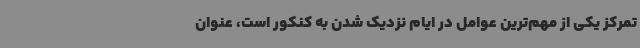
تمرکز یکی از مهم‌ترین عوامل در ایام نزدیک شدن به کنکور است، عنوان